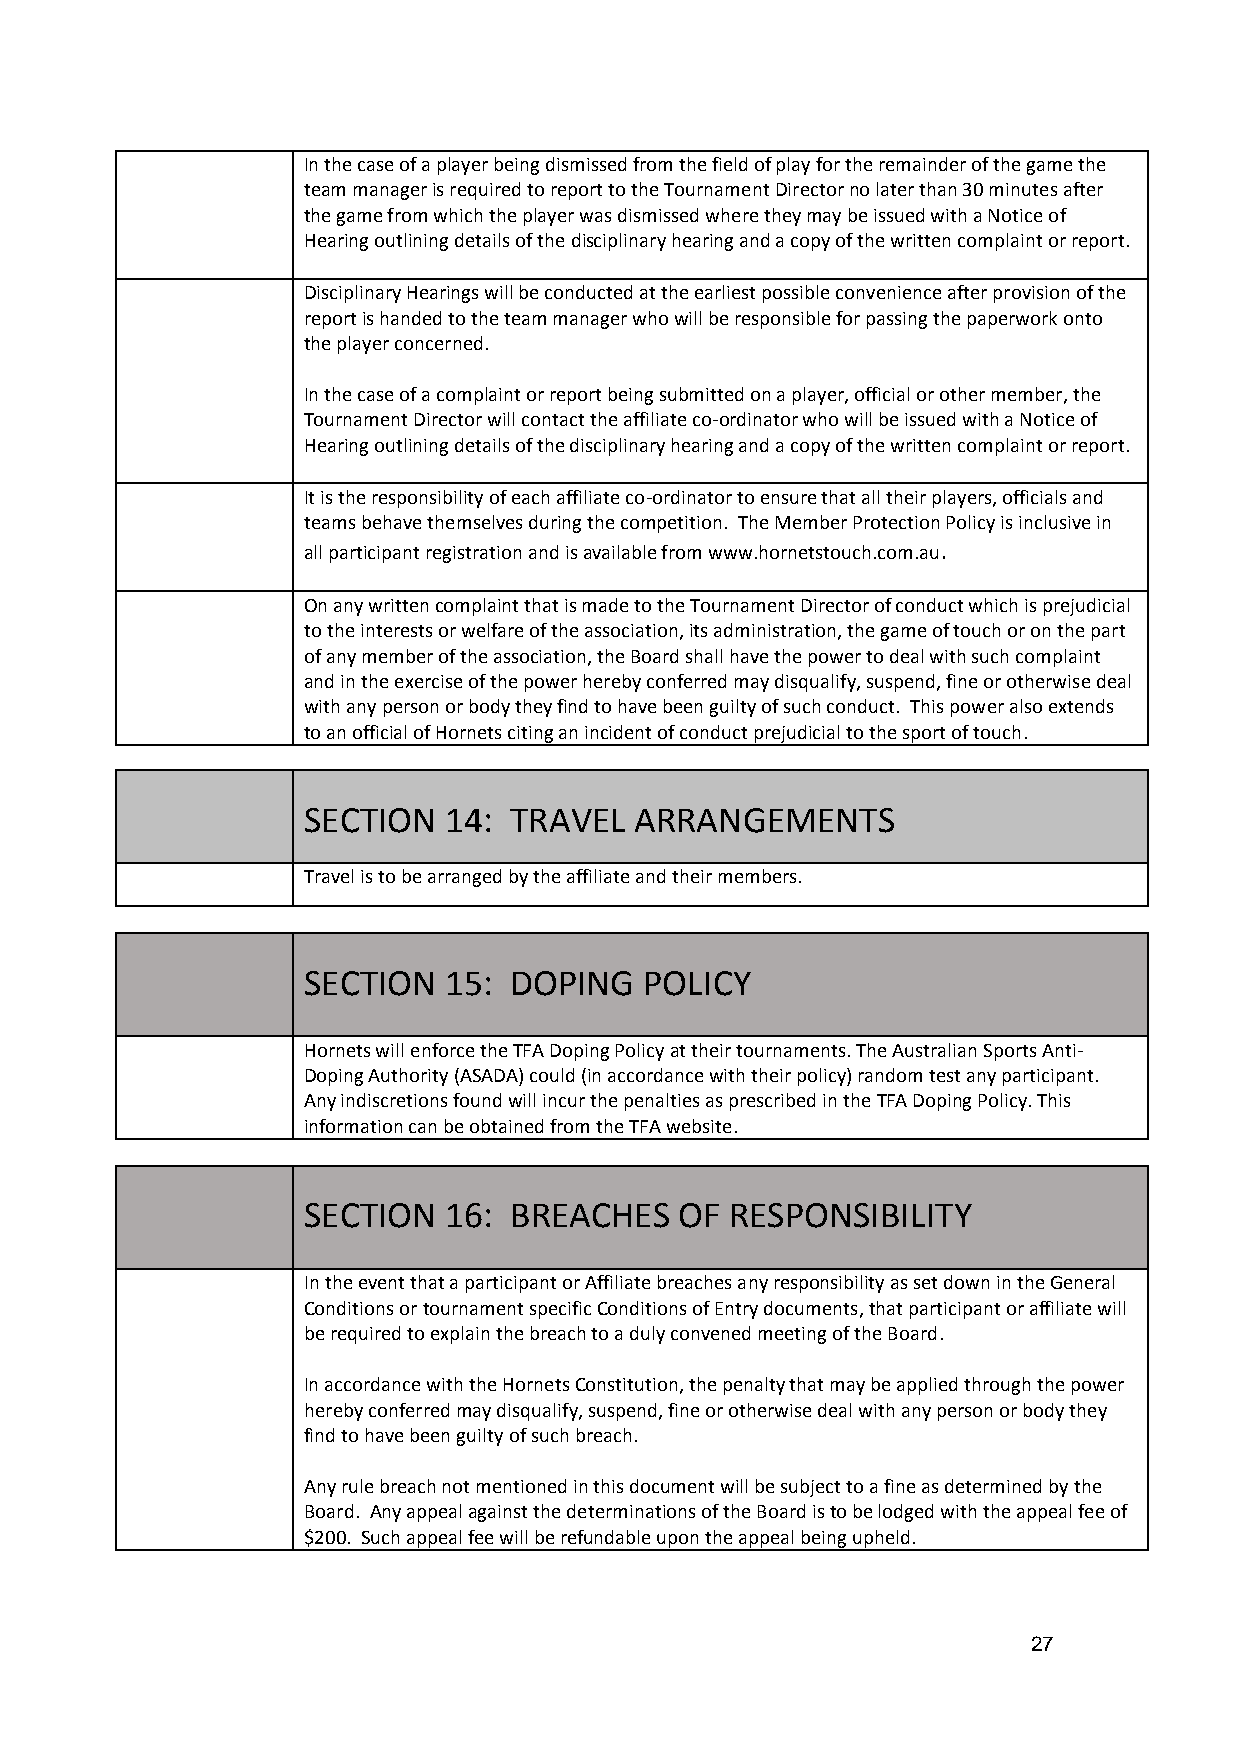
In the case of a player being dismissed from the field of play for the remainder of the game the
 team manager is required to report to the Tournament Director no later than 30 minutes after
 the game from which the player was dismissed where they may be issued with a Notice of
 Hearing outlining details of the disciplinary hearing and a copy of the written complaint or report.
 Disciplinary Hearings will be conducted at the earliest possible convenience after provision of the
 report is handed to the team manager who will be responsible for passing the paperwork onto
 the player concerned.
 In the case of a complaint or report being submitted on a player, official or other member, the
 Tournament Director will contact the affiliate co-ordinator who will be issued with a Notice of
 Hearing outlining details of the disciplinary hearing and a copy of the written complaint or report.
 It is the responsibility of each affiliate co-ordinator to ensure that all their players, officials and
 teams behave themselves during the competition. The Member Protection Policy is inclusive in
 all participant registration and is available from www.hornetstouch.com.au.
 On any written complaint that is made to the Tournament Director of conduct which is prejudicial
 to the interests or welfare of the association, its administration, the game of touch or on the part
 of any member of the association, the Board shall have the power to deal with such complaint
 and in the exercise of the power hereby conferred may disqualify, suspend, fine or otherwise deal
 with any person or body they find to have been guilty of such conduct. This power also extends
 to an official of Hornets citing an incident of conduct prejudicial to the sport of touch.
 SECTION  14:  TRAVEL  ARRANGEMENTS
 Travel is to be arranged by the affiliate and their members.
 SECTION  15:  DOPING   POLICY
 Hornets will enforce the TFA Doping Policy at their tournaments. The Australian Sports Anti-
 Doping Authority (ASADA) could (in accordance with their policy) random test any participant.
 Any indiscretions found will incur the penalties as prescribed in the TFA Doping Policy. This
 information can be obtained from the TFA website.
 SECTION  16:  BREACHES   OF RESPONSIBILITY
 In the event that a participant or Affiliate breaches any responsibility as set down in the General
 Conditions or tournament specific Conditions of Entry documents, that participant or affiliate will
 be required to explain the breach to a duly convened meeting of the Board.
 In accordance with the Hornets Constitution, the penalty that may be applied through the power
 hereby conferred may disqualify, suspend, fine or otherwise deal with any person or body they
 find to have been guilty of such breach.
 Any rule breach not mentioned in this document will be subject to a fine as determined by the
 Board. Any appeal against the determinations of the Board is to be lodged with the appeal fee of
 $200. Such appeal fee will be refundable upon the appeal being upheld.
 27